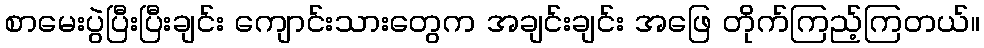
စာမေးပွဲပြီးပြီးချင်း ကျောင်းသားတွေက အချင်းချင်း အဖြေ တိုက်ကြည့်ကြတယ်။